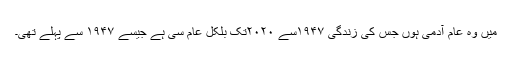
میں وہ عام آدمی ہوں جس کی زندگی ۱۹۴۷سے ۲۰۲۰تک بلکل عام سی ہے جیسے ۱۹۴۷ سے پہلے تھی۔